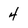
Character: 4